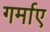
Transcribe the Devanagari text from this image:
गर्माए